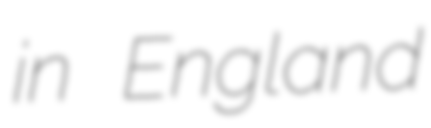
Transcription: in England